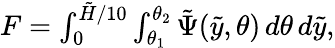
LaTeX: \begin{array}{r}{F=\int_{0}^{\tilde{H}/10}\int_{\theta_{1}}^{\theta_{2}}\tilde{\Psi}(\tilde{y},\theta)\, d\theta\, d\tilde{y},}\end{array}